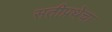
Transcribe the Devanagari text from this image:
सतीप्रथेचा